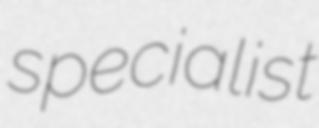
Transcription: specialist